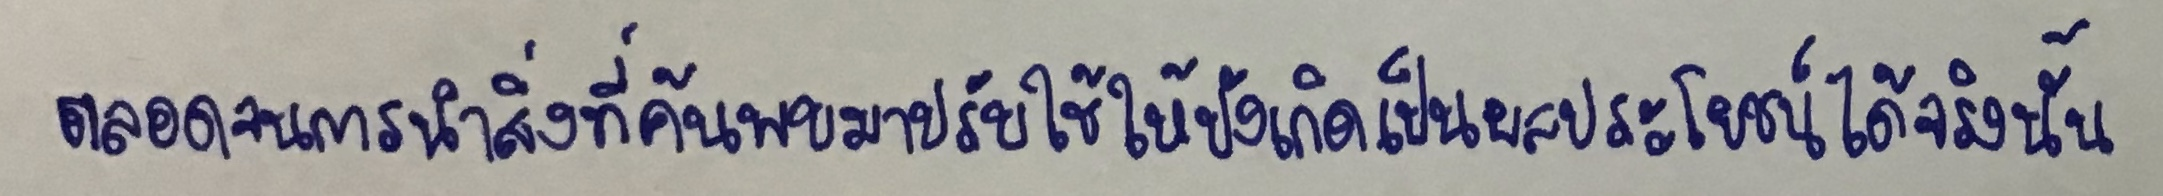
ตลอดจนการนำสิ่งที่ค้นพบมาปรับใช้ให้บังเกิดเป็นผลประโยชน์ได้จริงนั้น